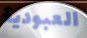
العبودية